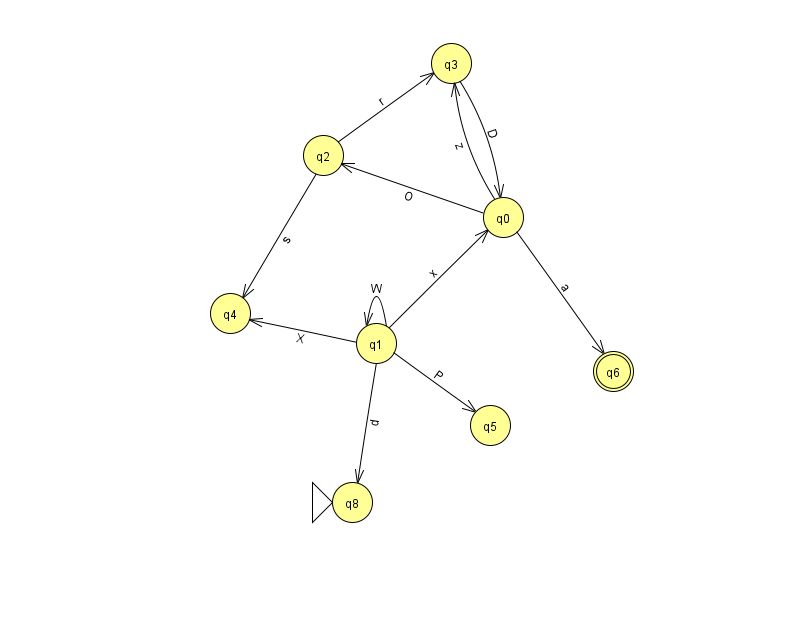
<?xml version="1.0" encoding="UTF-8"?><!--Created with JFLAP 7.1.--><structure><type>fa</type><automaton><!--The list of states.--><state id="0" name="q0"><x>503.0</x><y>204.0</y></state><state id="1" name="q1"><x>376.0</x><y>330.0</y></state><state id="2" name="q2"><x>323.0</x><y>142.0</y></state><state id="3" name="q3"><x>451.0</x><y>50.0</y></state><state id="4" name="q4"><x>230.0</x><y>300.0</y></state><state id="5" name="q5"><x>490.0</x><y>412.0</y></state><state id="6" name="q6"><x>613.0</x><y>358.0</y><final/></state><state id="8" name="q8"><x>352.0</x><y>489.0</y><initial/></state><!--The list of transitions.--><transition><from>0</from><to>2</to><read>O</read></transition><transition><from>1</from><to>8</to><read>d</read></transition><transition><from>3</from><to>0</to><read>D</read></transition><transition><from>1</from><to>1</to><read>W</read></transition><transition><from>1</from><to>5</to><read>P</read></transition><transition><from>0</from><to>3</to><read>z</read></transition><transition><from>0</from><to>6</to><read>a</read></transition><transition><from>2</from><to>3</to><read>r</read></transition><transition><from>2</from><to>4</to><read>s</read></transition><transition><from>1</from><to>4</to><read>X</read></transition><transition><from>1</from><to>0</to><read>x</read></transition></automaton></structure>